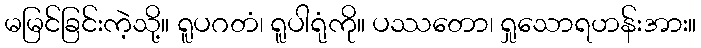
မမြင်ခြင်းကဲ့သို့။ ရူပဂတံ၊ ရူပါရုံကို။ ပဿတော၊ ရှုသောရဟန်းအား။